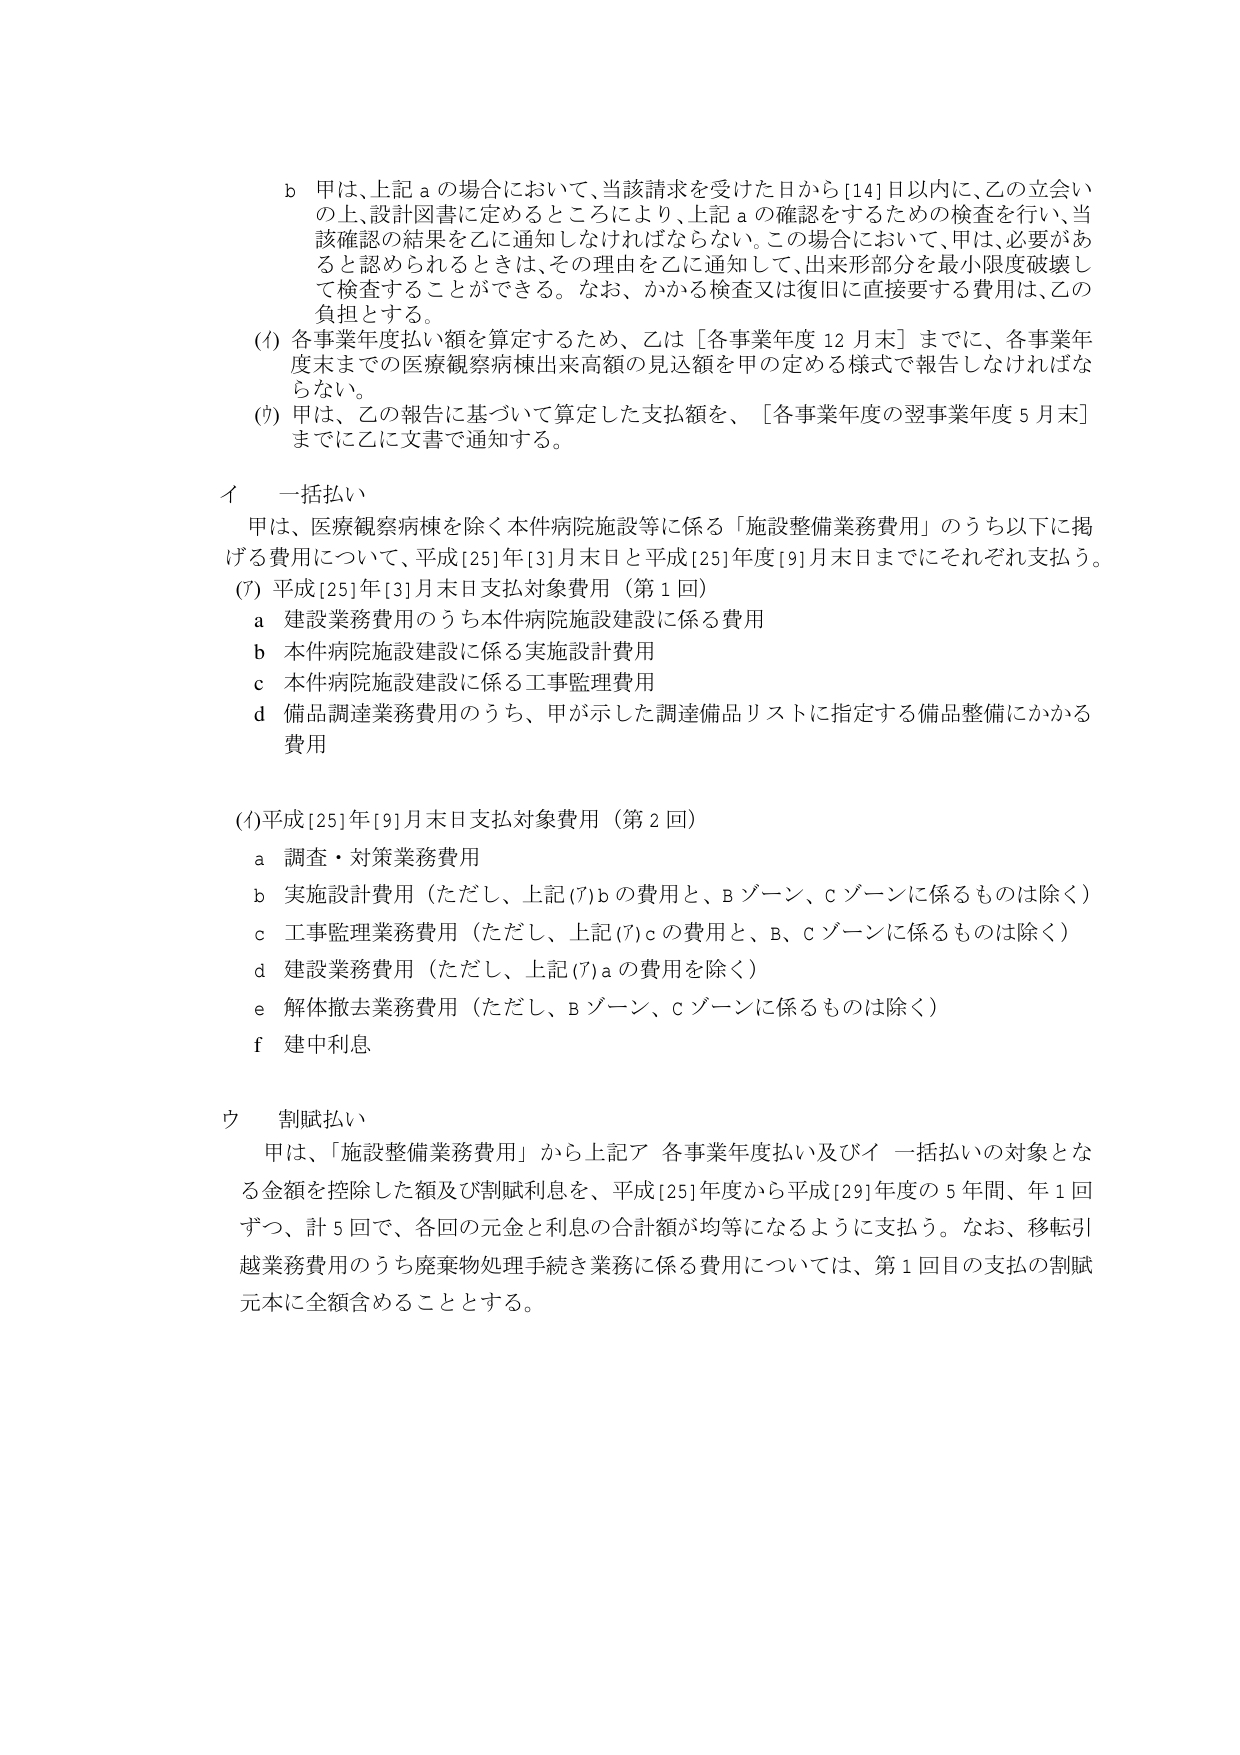
b 甲は、上記 a の場合において、当該請求を受けた日から [14] 日以内に、乙の立会いの上、設計図書に定めるところにより、上記 a の確認をするための検査を行い、当該確認の結果を乙に通知しなければならない。この場合において、甲は、必要があると認められるときは、その理由を乙に通知して、出来形部分を最小限度破壊して検査することができる。なお、かかる検査又は復旧に直接要する費用は、乙の負担とする。

(1) 各事業年度払い額を算定するため、乙は［各事業年度 12 月末］までに、各事業年度末までの医療観察病棟出来高額の見込額を甲の定める様式で報告しなければならない。

(7) 甲は、乙の報告に基づいて算定した支払額を、［各事業年度の翌事業年度 5 月末］までに乙に文書で通知する。

イ 一括払い

甲は、医療観察病棟を除く本件病院施設等に係る「施設整備業務費用」のうち以下に掲げる費用について、平成[25]年[3]月末日と平成[25]年度[9]月末日までにそれぞれ支払う。

(7) 平成[25]年[3]月末日支払対象費用（第 1 回）

a 建設業務費用のうち本件病院施設建設に係る費用

b 本件病院施設建設に係る実施設計費用

c 本件病院施設建設に係る工事監理費用

d 備品調達業務費用のうち、甲が示した調達備品リストに指定する備品整備にかかる費用

(1) 平成[25]年[9]月末日支払対象費用（第 2 回）

a 調査・対策業務費用

b 実施設計費用（ただし、上記(7)b の費用と、B ゾーン、c ゾーンに係るものは除く）

c 工事監理業務費用（ただし、上記(7)c の費用と、B、c ゾーンに係るものは除く）

d 建設業務費用（ただし、上記(7)a の費用を除く）

e 解体撤去業務費用（ただし、B ゾーン、c ゾーンに係るものは除く）

f 建中利息

ウ 割賦払い

甲は、「施設整備業務費用」から上記ア 各事業年度払い及びイ 一括払いの対象となる金額を控除した額及び割賦利息を、平成[25]年度から平成[29]年度の 5 年間、年 1 回ずつ、計 5 回で、各回の元金と利息の合計額が均等になるように支払う。なお、移転引越業務費用のうち廃棄物処理手続き業務に係る費用については、第 1 回目の支払の割賦元本に全額含めることとする。